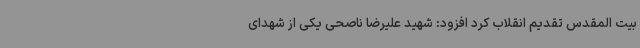
بیت المقدس تقدیم انقلاب کرد افزود: شهید علیرضا ناصحی یکی از شهدای